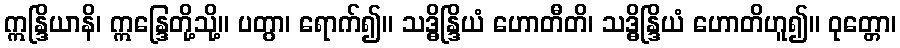
ဣန္ဒြိယာနိ၊ ဣန္ဒြေတို့သို့။ ပတွာ၊ ရောက်၍။ သဒ္ဓိန္ဒြိယံ ဟောတီတိ၊ သဒ္ဓိန္ဒြိယံ ဟောတိဟူ၍။ ဝုတ္တော၊